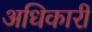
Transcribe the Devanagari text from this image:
अधिकारी